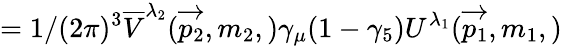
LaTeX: =1/(2\pi)^{3}\overline{{{V}}}^{\lambda_{2}}(\overrightarrow{p_{2}},m_{2},)\gamma_{\mu}(1-\gamma_{5})U^{\lambda_{1}}(\overrightarrow{p_{1}},m_{1},)